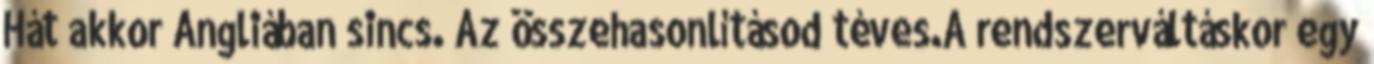
Hát akkor Angliában sincs. Az összehasonlításod téves.A rendszerváltáskor egy